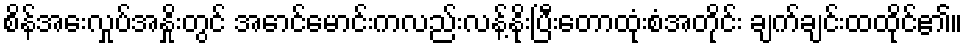
စိန်အေးလှုပ်အနှိုးတွင် အောင်မောင်းကလည်းလန့်နိုးပြီးတောထုံးစံအတိုင်း ချက်ချင်းထထိုင်၏။